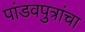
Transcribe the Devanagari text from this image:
पांडवपुत्रांचा